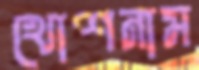
খোশনাম